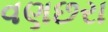
વણછરા